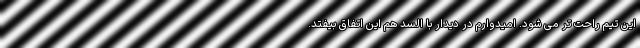
این تیم راحت تر می شود. امیدوارم در دیدار با السد هم این اتفاق بیفتد.